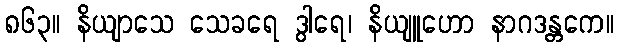
၈၆၃။ နိယျာသေ သေခရေ ဒွါရေ၊ နိယျူဟော နာဂဒန္တကေ။